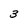
Character: 3